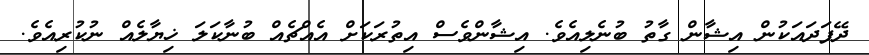
ދޭފަދައަކުން އިޝާން ގާތު ބުނެލިއެވެ. އިޝާންވެސް އިތުރަކަށް އެއްޗެއް ބުނާކަލަ ޚިޔާލެއް ނުކުރިއެވެ.